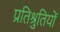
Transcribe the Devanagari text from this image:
प्रतिश्रुतियों